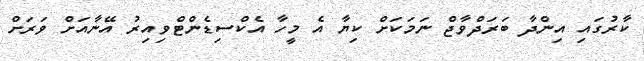
ކާރުގައި އިންދާ ބަރަދްވާޖް ނަމަކަށް ކިޔާ އެ މީހާ އެކްސިޑެންޓްވިއިރު އޭނާއަށް ވަރަށް